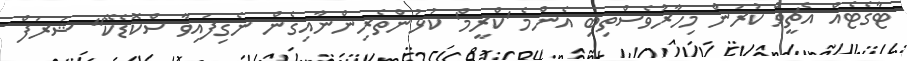
ޓާގެޓެއް އެޗީވް ކުރަން މިހާރުވެސްތިބި އެންމެ 'ކްރީމް' ކުޅުންތެރިންނާއިގެން ނެގިފައިވާ ސްކޮޑެކޭ" ޝަރަފް